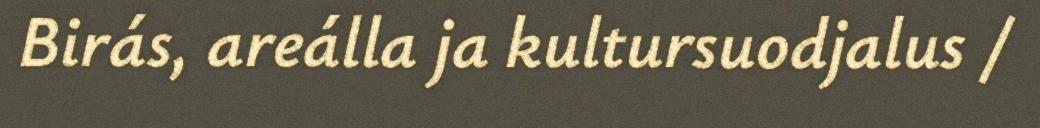
Birás, areálla ja kultursuodjalus /